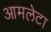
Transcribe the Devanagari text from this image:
आमलेटा